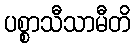
ပစ္စာသီသာမီတိ